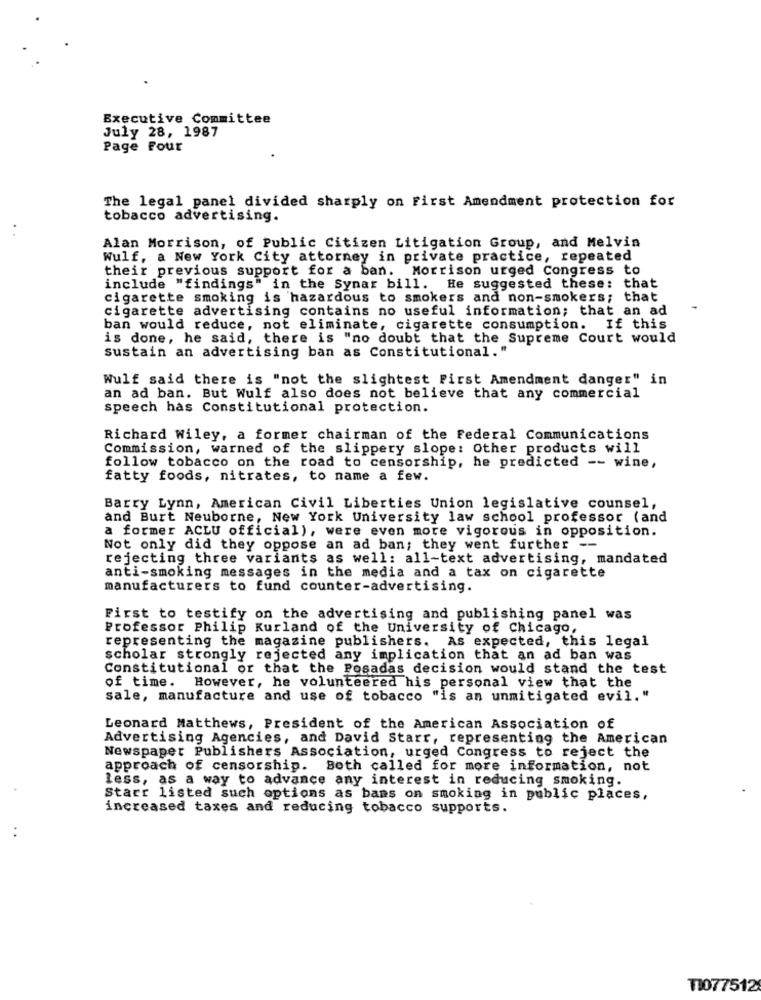
Executive Committee
July 28, 1987
Page Four
The legal panel divided sharply on First Amendment protection for
tobacco advertising.
Alan Morrison, of Public Citizen Litigation Group, and Melvin
Wulf, a New York City attorney in private practice, repeated
their previous support for a ban. Morrison urged Congress to
include "findings" in the Synar bill. He suggested these: that
cigarette smoking is hazardous to smokers and non-smokers; that
cigarette advertising contains no useful information; that an ad
ban would reduce, not eliminate, cigarette consumption. If this
is done, he said, there is "no doubt that the Supreme Court would
sustain an advertising ban as Constitutional."
Wulf said there is "not the slightest First Amendment danger" in
an ad ban. But Wulf also does not believe that any commercial
speech has Constitutional protection.
Richard Wiley, a former chairman of the Federal Communications
Commission, warned of the slippery slope: Other products will
follow tobacco on the road to censorship, he predicted -- wine,
fatty foods, nitrates, to name a few.
Barry Lynn, American Civil Liberties Union legislative counsel,
and Burt Neuborne, New York University law school professor (and
a former ACLU official), were even more vigorous in opposition.
Not only did they oppose an ad ban; they went further --
rejecting three variants as well: all-text advertising, mandated
anti-smoking messages in the media and a tax on cigarette
manufacturers to fund counter-advertising.
First to testify on the advertising and publishing panel was
Professor Philip Kurland of the University of Chicago,
representing the magazine publishers. As expected, this legal
scholar strongly rejected any implication that an ad ban was
Constitutional or that the Posadas decision would stand the test
of time. However, he volunteered his personal view that the
sale, manufacture and use of tobacco "is an unmitigated evil."
Leonard Matthews, President of the American Association of
Advertising Agencies, and David Starr, representing the American
Newspaper Publishers Association, urged Congress to reject the
approach of censorship. Both called for more information, not
less, as a way to advance any interest in reducing smoking.
Starr listed such options as bans on smoking in public places,
increased taxes and reducing tobacco supports.
TI077512